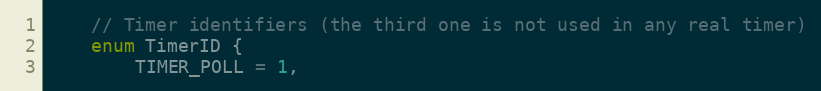
Language: C
	// Timer identifiers (the third one is not used in any real timer)
	enum TimerID {
		TIMER_POLL = 1,